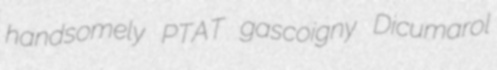
handsomely PTAT gascoigny Dicumarol